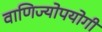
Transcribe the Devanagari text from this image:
वाणिज्योपयोगी